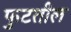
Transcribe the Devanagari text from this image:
फुटतील